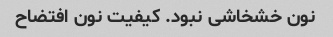
نون خشخاشی نبود. کیفیت نون افتضاح